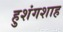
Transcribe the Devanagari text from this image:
हुशंगशाह